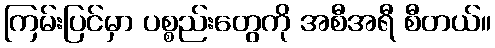
ကြမ်းပြင်မှာ ပစ္စည်းတွေကို အစီအရီ စီတယ်။